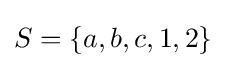
S=\{a,b,c,1,2\}